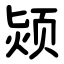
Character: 颎